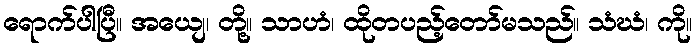
ရောက်ပါပြီ။ အယျေ၊ တို့။ သာဟံ၊ ထိုတပည့်တော်မသည်။ သံဃံ၊ ကို။